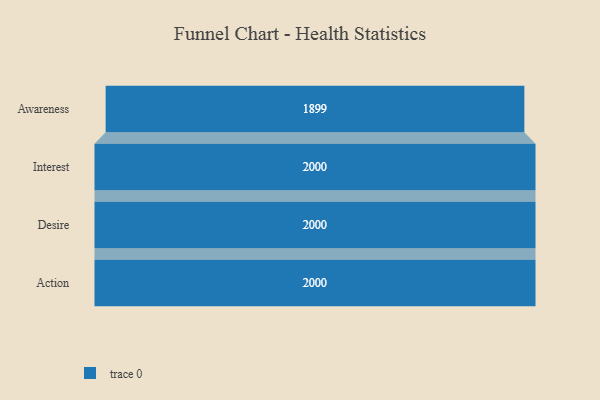
{"axis": {"x": "Stage", "y": "Value"}, "legend": [""], "data": [{"x": "Awareness", "y": 1899.0, "type": ""}, {"x": "Interest", "y": 2000, "type": ""}, {"x": "Desire", "y": 2000, "type": ""}, {"x": "Action", "y": 2000, "type": ""}]}